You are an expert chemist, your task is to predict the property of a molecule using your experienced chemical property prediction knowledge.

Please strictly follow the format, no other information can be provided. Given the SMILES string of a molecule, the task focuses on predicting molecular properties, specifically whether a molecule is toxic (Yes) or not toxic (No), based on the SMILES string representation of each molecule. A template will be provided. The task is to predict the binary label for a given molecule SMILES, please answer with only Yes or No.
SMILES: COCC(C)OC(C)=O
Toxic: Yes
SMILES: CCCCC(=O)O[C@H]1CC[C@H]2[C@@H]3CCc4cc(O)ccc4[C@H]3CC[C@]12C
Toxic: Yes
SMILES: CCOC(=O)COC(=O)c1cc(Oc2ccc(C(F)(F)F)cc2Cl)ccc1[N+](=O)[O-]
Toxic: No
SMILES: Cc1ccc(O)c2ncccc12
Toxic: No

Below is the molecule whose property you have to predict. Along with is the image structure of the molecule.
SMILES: CC1=CCC(=C(C)C)CC1
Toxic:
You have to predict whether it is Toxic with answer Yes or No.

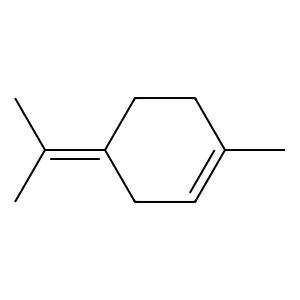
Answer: No